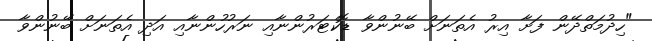
"ހިދުމަތްދޭން ފަށާ އިރު އެތަނަށް ބޭނުންވާ ޑޮކްޓަރުންނާއި ނަރުހުންނާއި އަދި އެތަނަށް ބޭނުންވާ